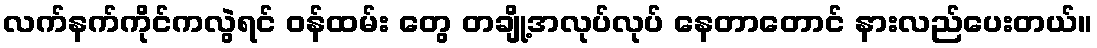
လက်နက်ကိုင်ကလွဲရင် ဝန်ထမ်း တွေ တချို့အလုပ်လုပ် နေတာတောင် နားလည်ပေးတယ်။